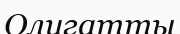
Олигатты